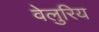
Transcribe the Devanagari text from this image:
वेलुरिय